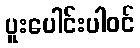
ပူးပေါင်းပါဝင်